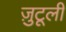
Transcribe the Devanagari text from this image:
ज़ुटूली